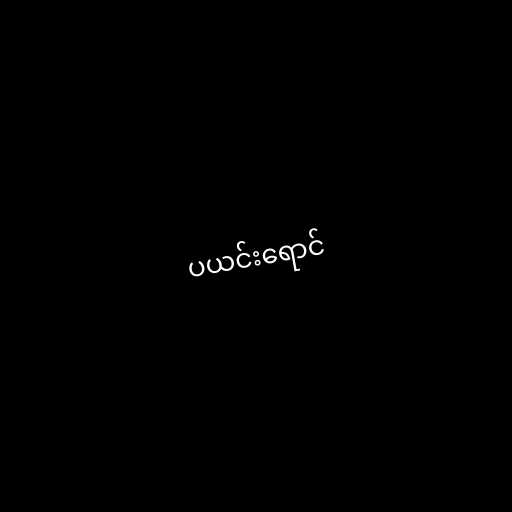
ပယင်းရောင်